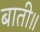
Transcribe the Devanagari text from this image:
बाती॥